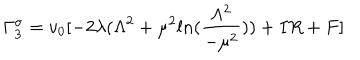
\Gamma _ { 3 } ^ { \sigma } = v _ { 0 } [ - 2 \lambda ( \Lambda ^ { 2 } + \mu ^ { 2 } l n ( \frac { \Lambda ^ { 2 } } { - \mu ^ { 2 } } ) ) + I R + F ]